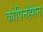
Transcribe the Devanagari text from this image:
कोपिनहैगन